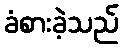
ခံစားခဲ့သည်